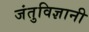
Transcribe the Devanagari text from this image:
जंतुविज्ञानी